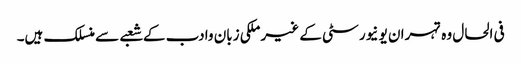
فی الحال وہ تہران یو نیورسٹی کے غیر ملکی زبان وادب کے شعبے سے منسلک ہیں۔